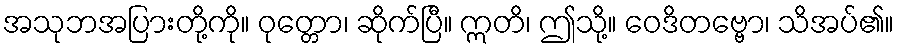
အသုဘအပြားတို့ကို။ ဝုတ္တော၊ ဆိုက်ပြီ။ ဣတိ၊ ဤသို့။ ဝေဒိတဗ္ဗော၊ သိအပ်၏။